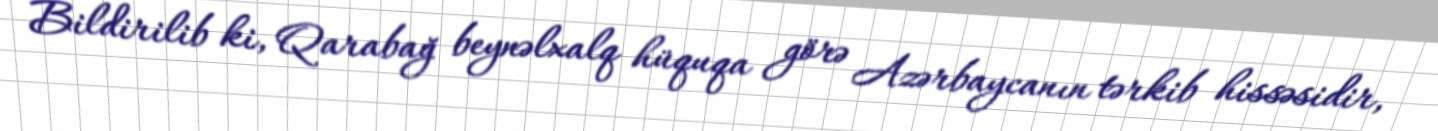
Bildirilib ki, Qarabağ beynəlxalq hüquqa görə Azərbaycanın tərkib hissəsidir,